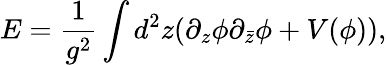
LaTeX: E=\frac{1}{g^{2}}\int d^{2}z(\partial_{z}\phi\partial_{\bar{z}}\phi+V(\phi)),